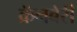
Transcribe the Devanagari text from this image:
क्रॅनबेरी